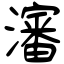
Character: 瀋